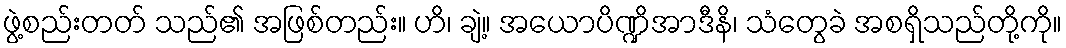
ဖွဲ့စည်းတတ် သည်၏ အဖြစ်တည်း။ ဟိ၊ ချဲ့။ အယောပိဏ္ဍိအာဒီနိ၊ သံတွေခဲ အစရှိသည်တို့ကို။